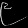
Digit: ၉